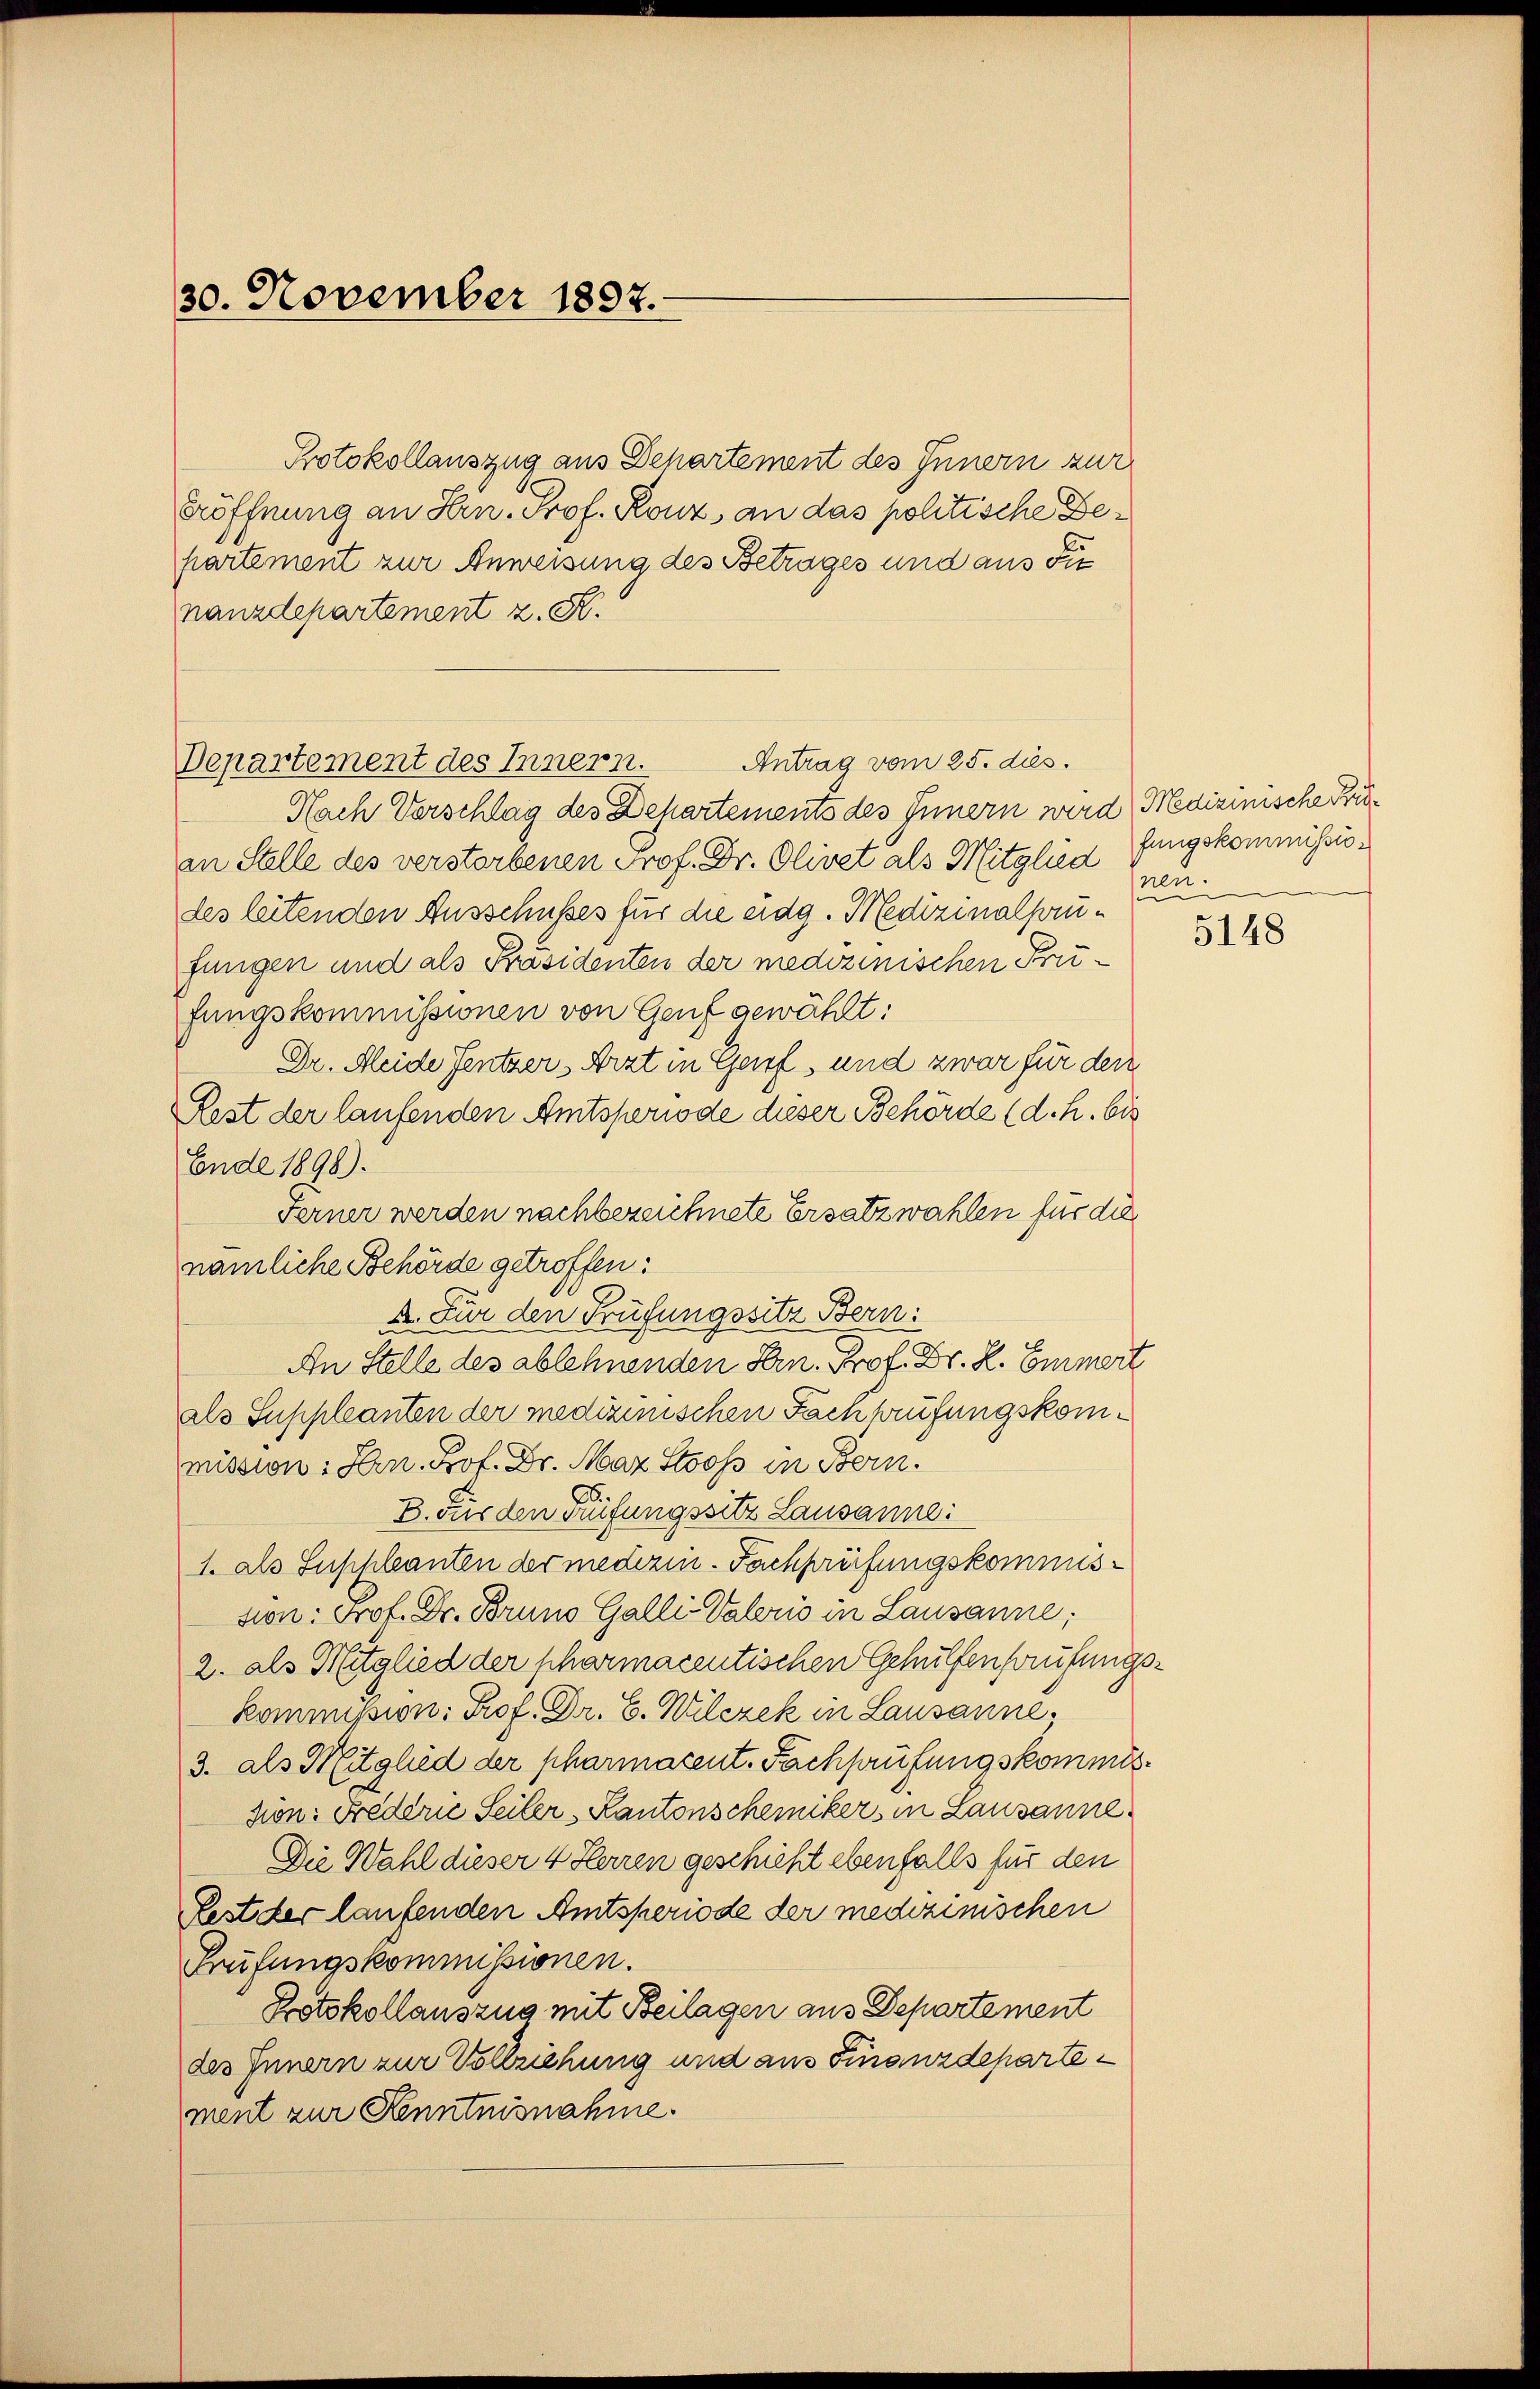
30. November 1897.

Protokollauszug aus Departement des Innern zur
Eröffnung an Hrn. Prof. Rouz, an das politische Departement zur Anweisung des Betrages und aus die
nanzdepartement z. B.
Antrag vom 25. dies.
Departement des Innern.
Nach Verschlag des Departements des Innern wird Medizinische Küin Stelle des verstorbenen Prof. Dr. Olivet als Mitglied fungskommissiodes leitenden Ausschusses für die eidg. Medizinalhaufungen und als Präsidenten der medizinischen Prüfungskommissionen von Genf gewählt:
Dr. Heide Fentzer Arzt in Garf, und zwar für den
Fest der laufenden Amtsperiode dieser Behörde (d. h. bis
Ende 1898).
Ferner werden nachbezeichnete Ersatzwahlen für die
nämliche Behörde getroffen:
A. Für den Prüfungssitz Bern:
An Stelle des ablehnenden Hern. Prof. Dr. R. Emmert
als Suppleanten der medizinischen Fachprüfungskommission : Hrn. Prof. Dr. Maz Stooss in Bern.
B. Für den Prüfungssitz Lausanne:
1. als Suppleanten der mederin. Fachprüfungskommission: Prof. Dr. Bruno Galli Valeris in Lausanne;
2. als Mitglied der pharmacentischen Gehülfenbrufungskommission: Prof. Dr. C. Wilczek in Lausanne,
3. als Mitglied der pharmacent. Fachsaufungskommission: Frederić Seiler Kantonscheiniker, in Lausanne
Die Wahl dieser 4 Herren geschieht ebenfalls für den
Pest der laufenden Amtsperiode der medizinischen
Prüfungskommissionen.
Protokollauszug mit Beilagen aus Departement
des Innern zur Vollziehung und aus Finanzdepartement zur Kenntnisnahme.

nen.

5148